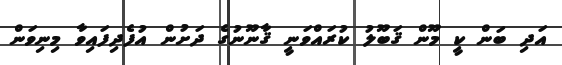
އަދި ބަން ކީ މޫން ޤަބޫލު ކުރައްވަނީ ޤާނޫނުގެ ދަށުން އުފެދިފައިވާ މިނިވަން